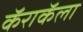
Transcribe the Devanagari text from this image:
कॅराकॅला